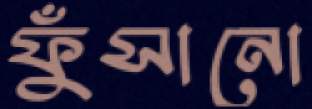
ফুঁসানো